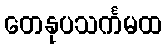
တေနုပသင်္ကမထ